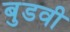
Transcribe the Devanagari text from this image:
बुडवी